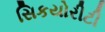
સિકયોરીટી